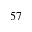
^ { 5 7 }